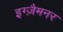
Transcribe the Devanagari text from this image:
इग्ज़ैमनर